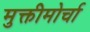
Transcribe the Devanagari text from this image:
मुक्तीमोर्चा